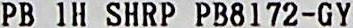
PB 1H SHRP PB8172-GY